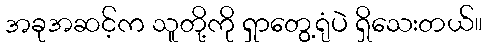
အခုအဆင့်က သူတို့ကို ရှာတွေ့ရုံပဲ ရှိသေးတယ်။